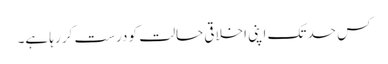
کس حد تک اپنی اخلاقی حالت کو درست کر رہا ہے۔